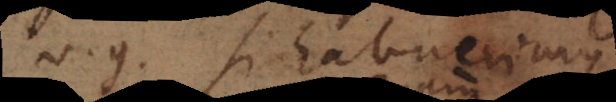
V.g. si habuerimus